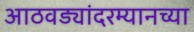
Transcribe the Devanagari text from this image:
आठवड्यांदरम्यानच्या